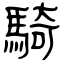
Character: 騎